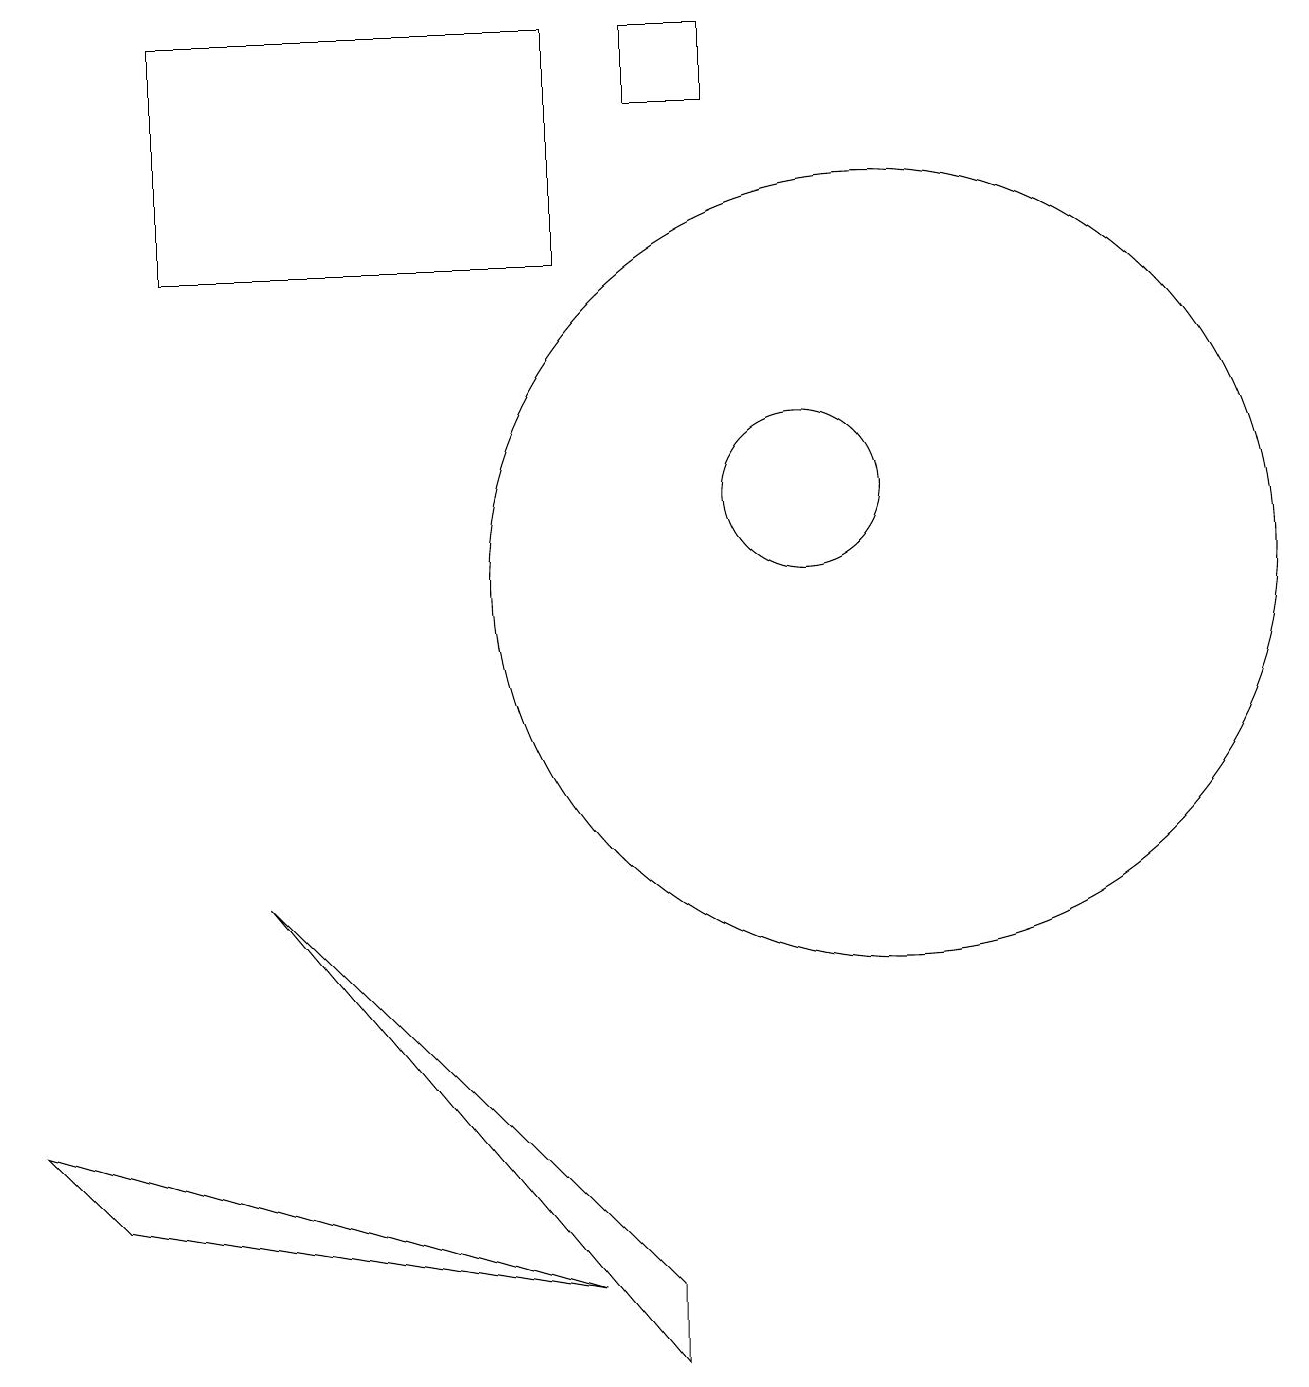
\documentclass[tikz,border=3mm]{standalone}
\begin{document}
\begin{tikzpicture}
\draw (11,10) circle (5);
\draw (11,10) circle (0);
\draw (10,11) circle (1);
\draw (0,3) -- (1,2) -- (7,1) -- cycle;
\draw (7,14) rectangle (2,17);
\draw (8,0) -- (8,1) -- (3,6) -- cycle;
\draw (8,16) rectangle (9,17);
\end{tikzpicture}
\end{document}